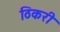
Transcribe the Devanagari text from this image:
ठिकरी